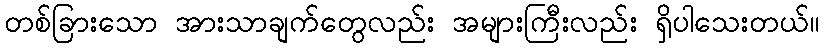
တစ်ခြားသော အားသာချက်တွေလည်း အများကြီးလည်း ရှိပါသေးတယ်။